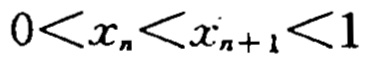
\(0<x_{n}<x_{n + 1}<1\)